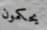
يحكمون